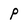
Character: p